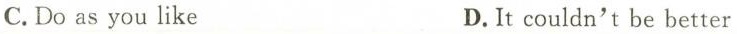
C.Do as you like D.It couldn't be better